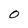
Character: 0